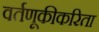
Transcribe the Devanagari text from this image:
वर्तणूकीकरिता